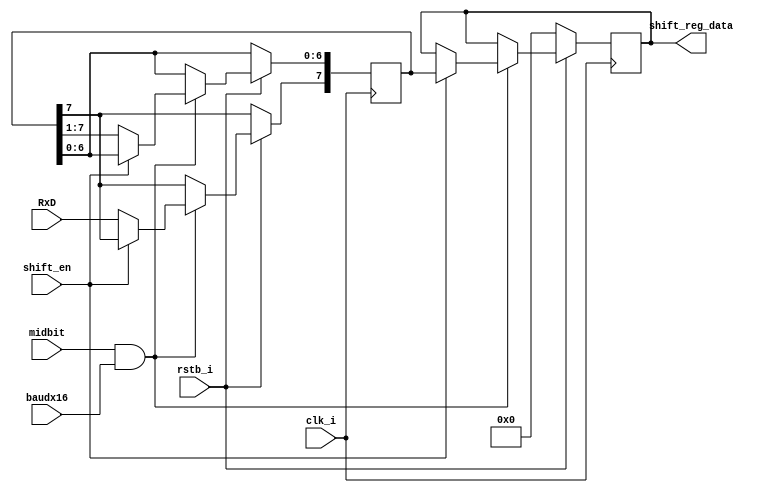
`timescale 1ns / 1ps
//////////////////////////////////////////////////////////////////////////////////
// Company: 
// Engineer: 
// 
// Design Name: 
// Module Name: UART_Receiver_ShiftRegister
//////////////////////////////////////////////////////////////////////////////////

module UART_Receiver_ShiftRegister(
    input clk_i,
    input rstb_i,
	input baudx16,
	input midbit,
	input shift_en,
	//input [3:0] state,
    
    input RxD,
    output reg [7:0] shift_reg_data
    );
	
	reg [7:0] shift;
    
    always @(posedge clk_i) begin
        if(rstb_i == 0) begin
            shift_reg_data <= 0;
        end
        else if (midbit == 1 && baudx16 == 1) begin
         if (shift_en) begin
                shift_reg_data <= shift;
            end
            else begin
                shift[6:0] <= shift[7:1];
                shift[7] <= RxD;
            end
        end
    end
endmodule